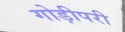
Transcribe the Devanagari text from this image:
गोड़ीपरी